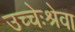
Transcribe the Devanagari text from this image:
उच्चेःश्रेवा